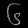
Digit: ၆